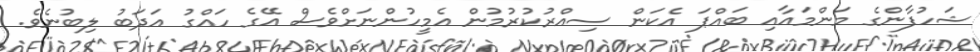
ޝަހުފާންގެ މަންމައާއި ބައްޕަ އެކަން ސިއްރުކުރުމުން އެމީހުންނަށްވެސް އޭގެ ހައްގު އަދަބު ލިބުނެވެ.